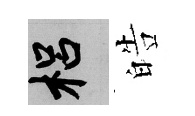
梠皓